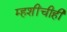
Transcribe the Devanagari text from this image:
म्हशींचीही